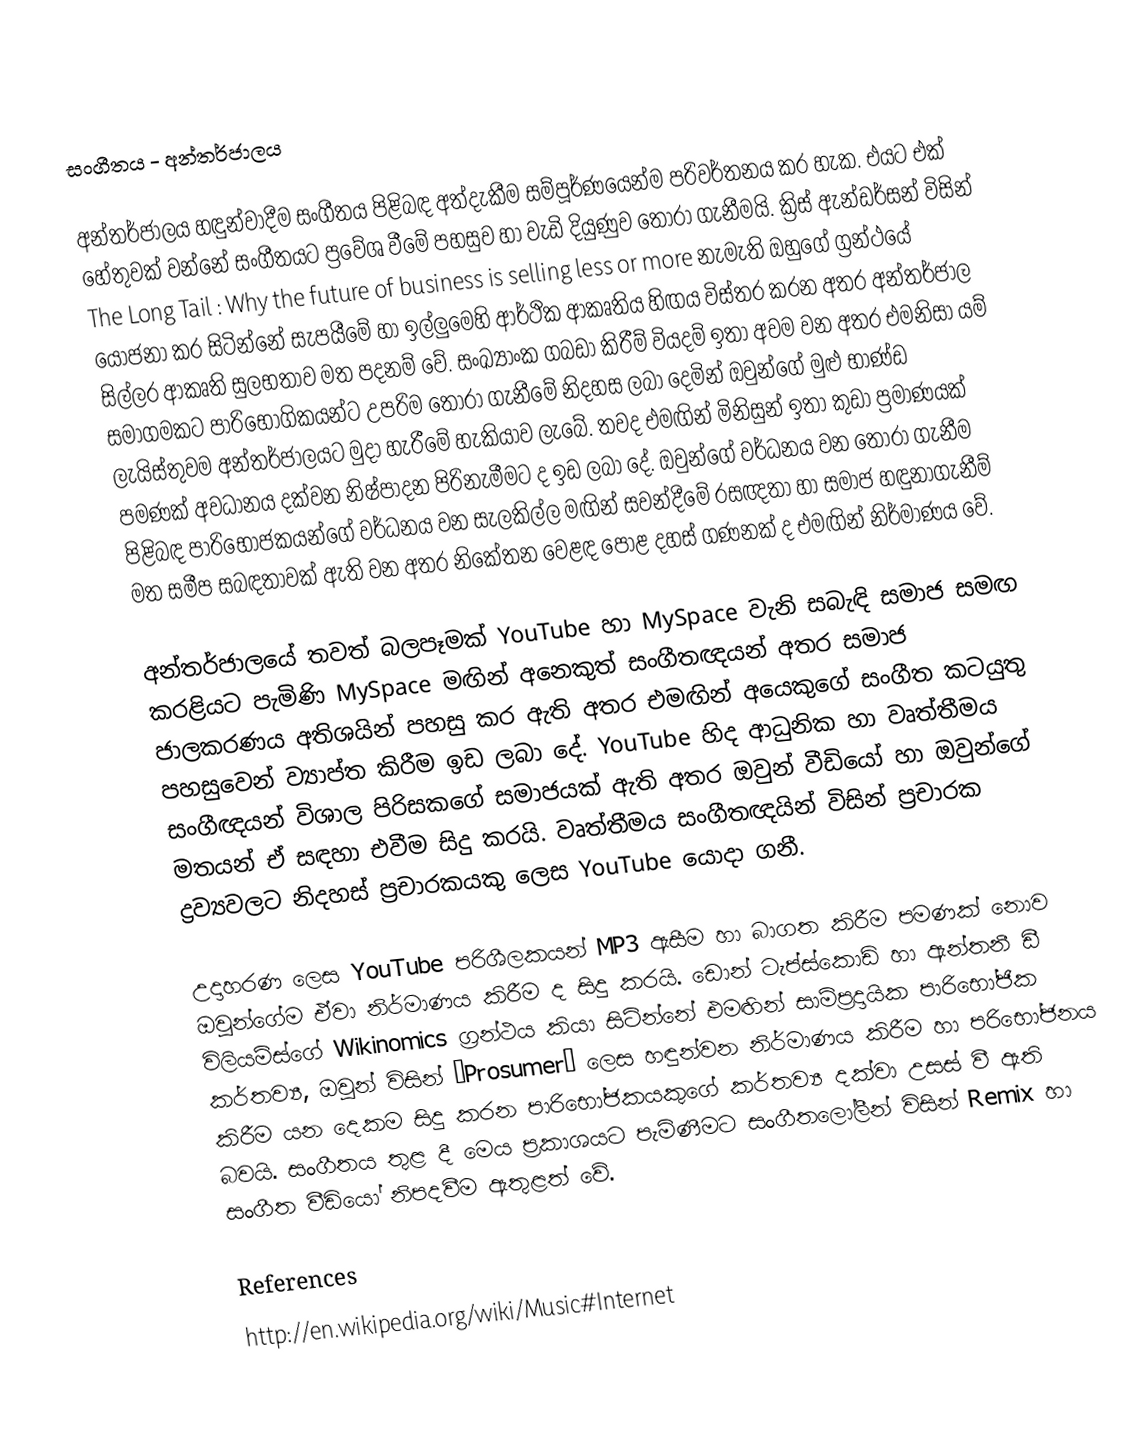
සංගීතය - අන්තර්ජාලය

අන්තර්ජාලය හඳුන්වාදීම සංගීතය පිළිබඳ අත්දැකීම සම්පූර්ණයෙන්ම පරිවර්තනය කර හැක. එයට එක් හේතුවක් වන්නේ සංගීතයට ප්‍රවේශ වීමේ පහසුව හා වැඩි දියුණුව තෝරා ගැනීමයි. ක්‍රිස් ඇන්ඩර්සන් විසින් The Long Tail : Why the future of business is selling less or more නැමැති ඔහුගේ ග්‍රන්ථයේ යෝජනා කර සිටින්නේ සැපයීමේ හා ඉල්ලුමෙහි ආර්ථික ආකෘතිය හිඟය විස්තර කරන අතර අන්තර්ජාල සිල්ලර ආකෘති සුලභතාව මත පදනම් වේ. සංඛ්‍යාංක ගබඩා කිරීම් වියදම් ඉතා අවම වන අතර එමනිසා යම් සමාගමකට පාරිභෝගිකයන්ට උපරිම තෝරා ගැනීමේ නිදහස ලබා දෙමින් ඔවුන්ගේ මුළු භාණ්ඩ ලැයිස්තුවම අන්තර්ජාලයට මුදා හැරීමේ හැකියාව ලැබේ. තවද එමඟින් මිනිසුන් ඉතා කුඩා ප්‍රමා‍ණයක් පමණක් අවධානය දක්වන නිෂ්පාදන පිරිනැමීමට ද ඉඩ ලබා දේ. ඔවුන්ගේ වර්ධනය වන තෝරා ගැනීම පිළිබඳ පාරිභෝජකයන්ගේ වර්ධනය වන සැලකිල්ල මඟින් සවන්දීමේ රසඥතා හා සමාජ හඳුනාගැනීම් මත සමීප සබඳතාවක් ඇති වන අතර නිකේතන වෙළඳ පොළ දහස් ගණනක් ද එමඟින් නිර්මාණය වේ.

අන්තර්ජාලයේ තවත් බලපෑමක්  YouTube හා MySpace වැනි සබැඳි සමාජ සමඟ කරළියට පැමිණි MySpace මඟින් අනෙකුත් සංගීතඥයන් අතර සමාජ ජාලකරණය අතිශයින් පහසු කර ඇති අතර එමඟින් අයෙකුගේ සංගීත කටයුතු පහසුවෙන් ව්‍යාප්ත කිරීම ඉඩ ලබා දේ.  YouTube හිද ආධුනික හා වෘත්තීමය සංගීඥයන් විශාල පිරිසකගේ සමාජයක් ඇති අතර ඔවුන් වීඩියෝ හා ඔවුන්ගේ මතයන් ඒ සඳහා එවීම සිදු කරයි. වෘත්තීමය සංගීතඥයින් විසින් ප්‍රචාරක ද්‍රව්‍යවලට නිදහස් ප්‍රචාරකයකු ලෙස YouTube යොදා ගනී.

උදාහරණ ලෙස YouTube පරි‍ශීලකයන් MP3 ඇසීම හා බාගත කිරීම පමණක් නොව ඔවුන්ගේම ඒවා නිර්මාණය කිරීම ද සිදු කරයි. ඩොන් ටැප්ස්කොඩ් හා ඇන්තනී ඩී විලියම්ස්ගේ Wikinomics ග්‍රන්ථය කියා සිටින්නේ එමඟින් සාම්ප්‍රදායික පාරි‍භෝජික කර්තව්‍ය,  ඔවුන් විසින් “Prosumer” ලෙස හඳුන්වන නිර්මාණය කිරීම හා පරිභෝජනය කිරීම යන දෙකම සිදු කරන පාරිභෝජකයකුගේ කර්තව්‍ය දක්වා උසස් වී ඇති බවයි. සංගීතය තුළ දී මෙය ප්‍රකාශයට පැමිණීමට සංගීතලෝලීන් විසින් Remix හා සංගීත වීඩියෝ නිපදවීම ඇතුළත් වේ.

References
http://en.wikipedia.org/wiki/Music#Internet